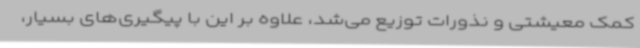
کمک معیشتی و نذورات توزیع می‌شد، علاوه بر این با پیگیری‌های بسیار،